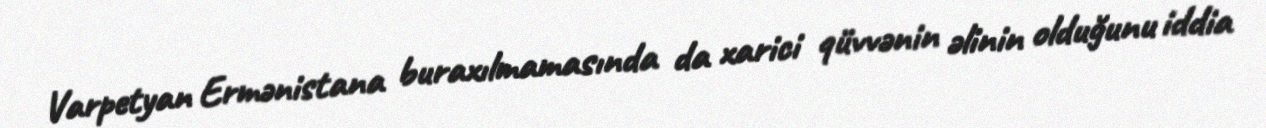
Varpetyan Ermənistana buraxılmamasında da xarici qüvvənin əlinin olduğunu iddia